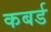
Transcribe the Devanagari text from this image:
कबर्ड